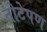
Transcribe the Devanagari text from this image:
तोटेपण